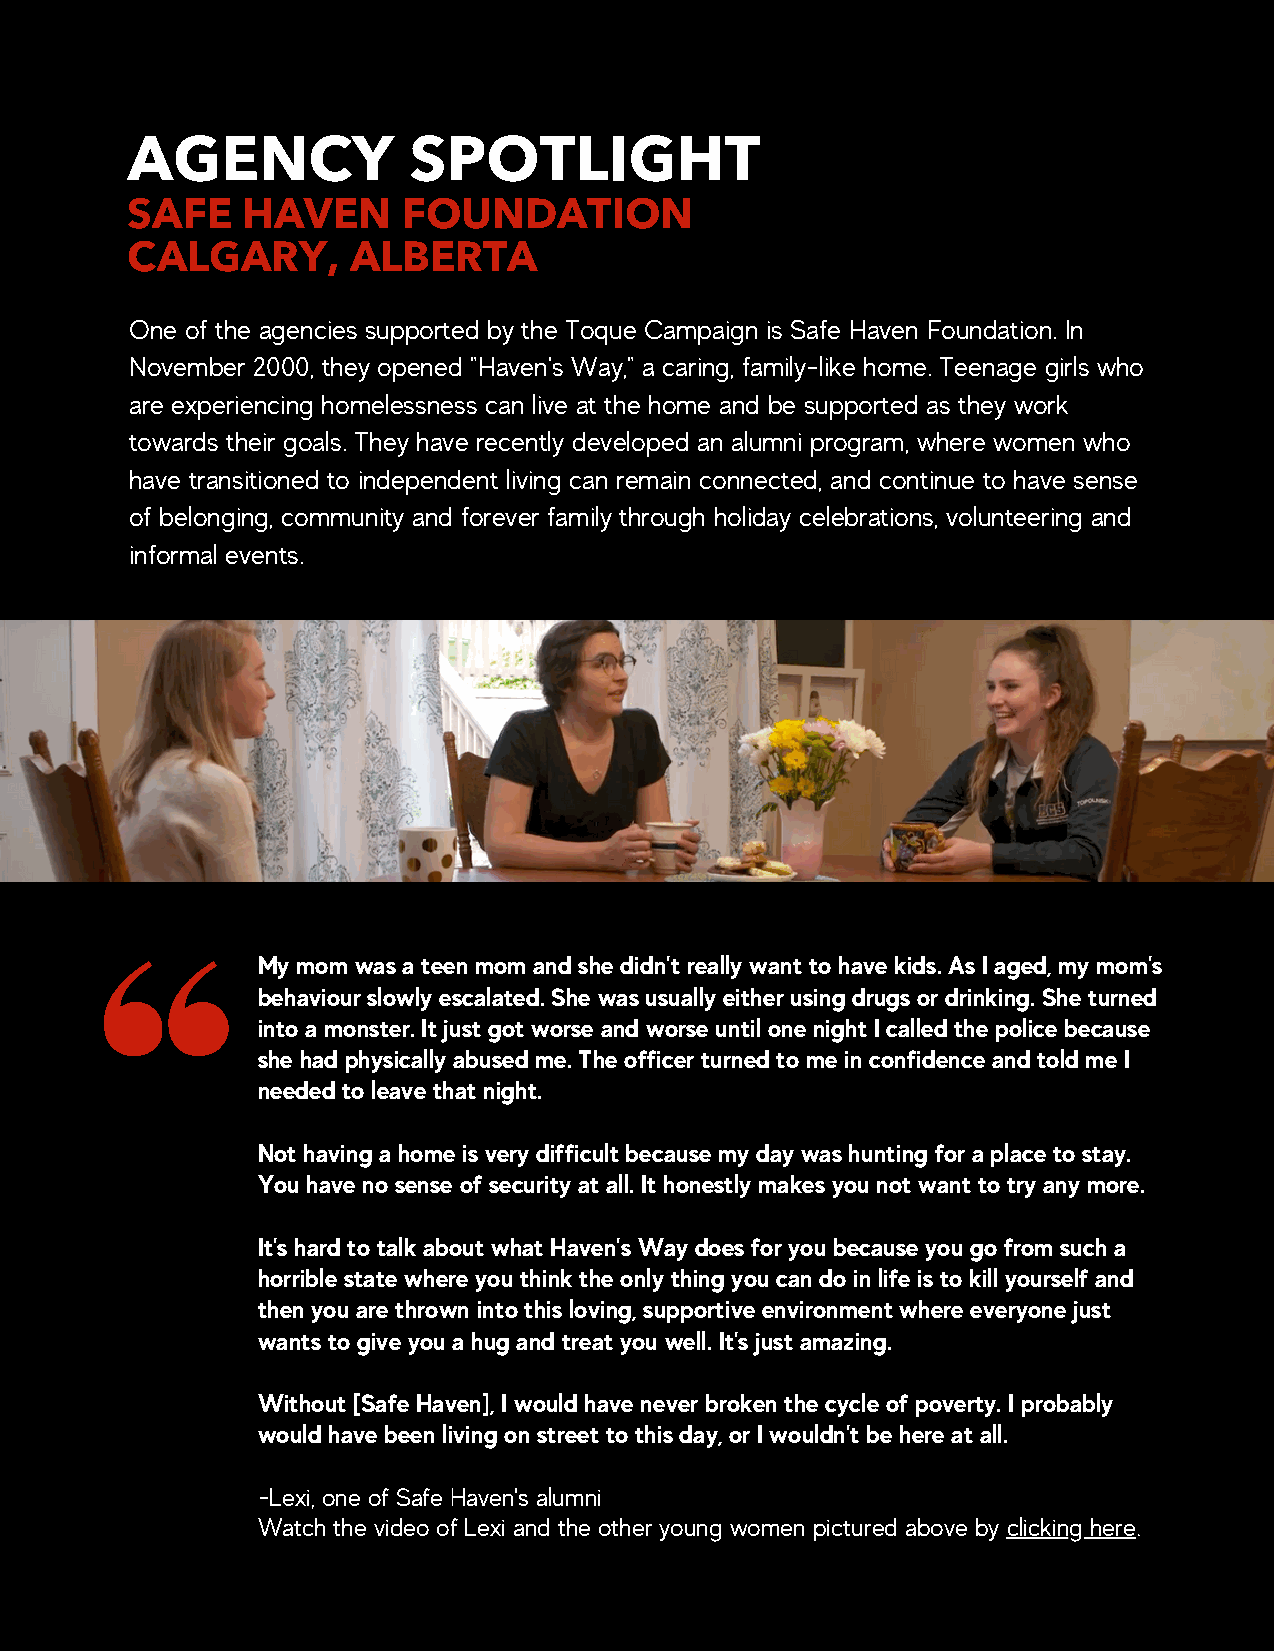
AGENCY             SPOTLIGHT
 SAFE    HAVEN      FOUNDATION
 CALGARY,       ALBERTA
 One of the agencies supported by the Toque Campaign is Safe Haven Foundation. In
 November 2000, they opened "Haven's Way," a caring, family-like home. Teenage girls who
 are experiencing homelessness can live at the home and be supported as they work
 towards their goals. They have recently developed an alumni program, where women who
 have transitioned to independent living can remain connected, and continue to have sense
 of belonging, community and forever family through holiday celebrations, volunteering and
 informal events.
 My mom was a teen mom and she didn't really want to have kids. As I aged, my mom's
 behaviour slowly escalated. She was usually either using drugs or drinking. She turned
 into a monster. It just got worse and worse until one night I called the police because
 she had physically abused me. The officer turned to me in confidence and told me I
 needed to leave that night.
 Not having a home is very difficult because my day was hunting for a place to stay.
 You have no sense of security at all. It honestly makes you not want to try any more.
 It's hard to talk about what Haven's Way does for you because you go from such a
 horrible state where you think the only thing you can do in life is to kill yourself and
 then you are thrown into this loving, supportive environment where everyone just
 wants to give you a hug and treat you well. It's just amazing.
 Without [Safe Haven], I would have never broken the cycle of poverty. I probably
 would have been living on street to this day, or I wouldn't be here at all.
 -Lexi, one of Safe Haven's alumni
 Watch the video of Lexi and the other young women pictured above by clicking here.